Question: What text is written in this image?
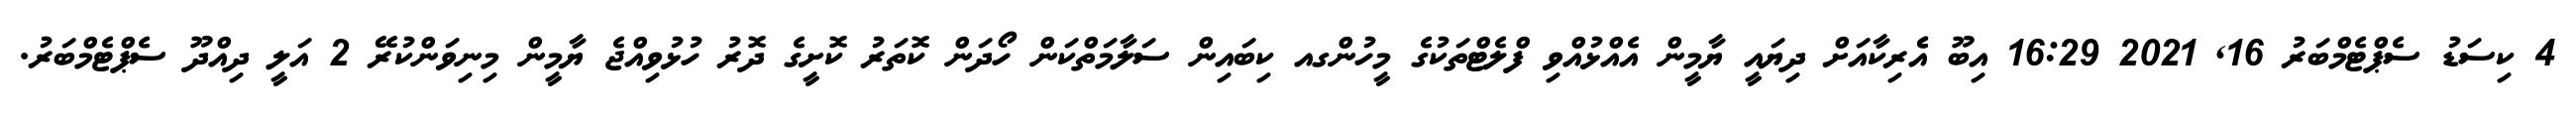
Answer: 4 ކިސަޑު ސެޕްޓެމްބަރު 16, 2021 16:29 އިބޫ އެެރިކާއަށް ދިޔައީ ޔާމީން އެއްޅުއްވި ފްލެޓްތަކުގެ މީހުންގއ ކިބައިން ސަލާމަތްކަން ހޯދަން ކޮތަރު ކޮށީގެ ދޮރު ހުޅުވިއްޖެ ޔާމީން މިނިވަންކުރޭ 2 އަލީ ދިއްދޫ ސެޕްޓެމްބަރު.